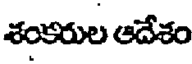
శంకరుల ఆదేశం